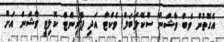
އެގޮތުން ވެބް ވާޝަން ސްކޭލަބަލް ވެކްޓާ އަދި ޕްރިންޓް ކޮލިޓީ ވާޝަން އަށް